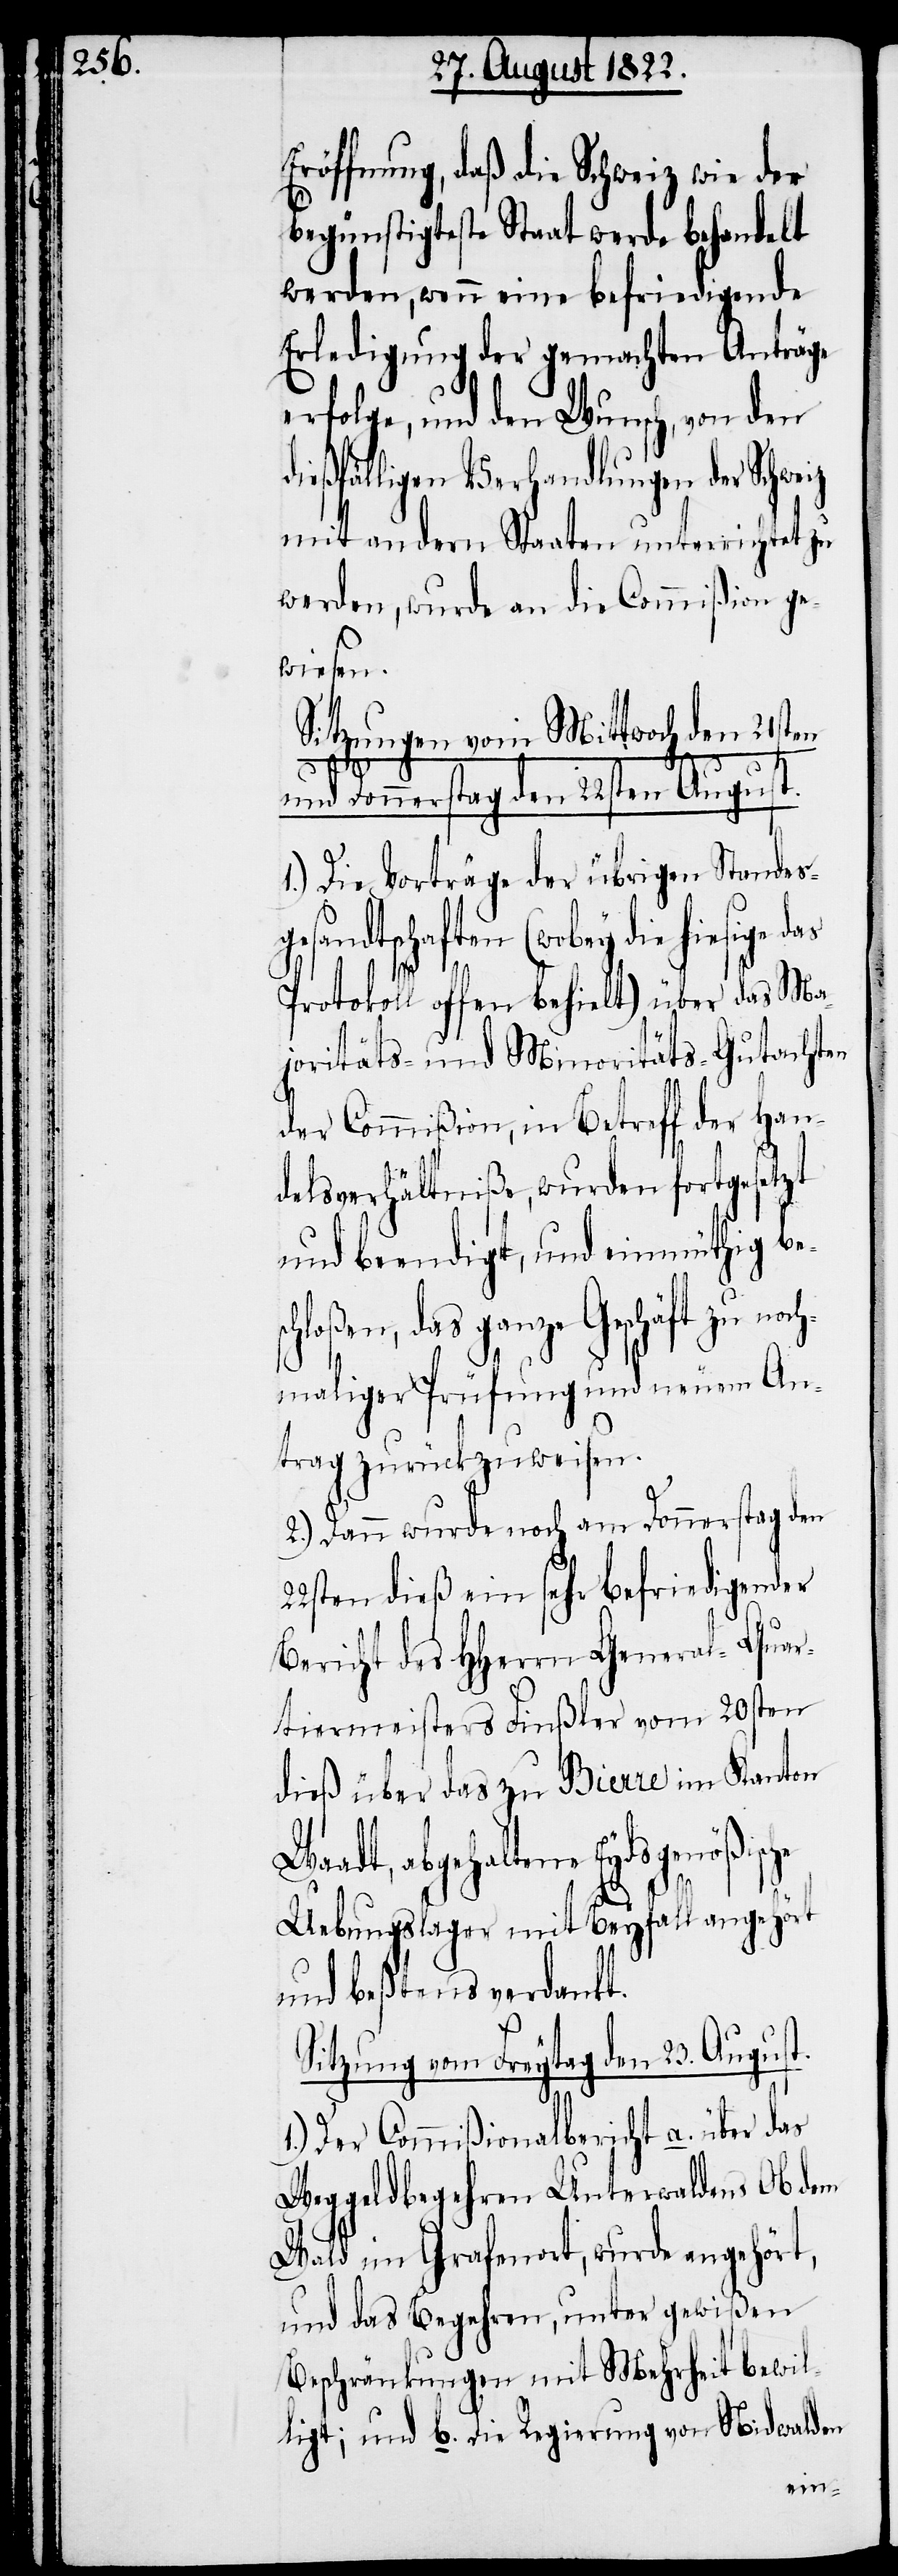
Eröffnung, daß die Schweiz wie der
begünstigteste Staat werde behandelt
werden, wenn eine befriedigende
Erledigung der gemachten Anträge
erfolge, und den Wunsch, von dem
dießfälligen Verhandlungen der Schwe¬
mit den andern Staaten unterrichtet zu
werden, wurde an die Commißion ge¬
wiesen.
Sitzungen vom Mittwoch den 21sten
22s¬
und Donnerstag den 22sten August.
1.) Die Vorträge der übrigen Standes¬
dtschaften (wobey die hiesige
Protokoll offen behielt) über das Ma¬
joritäts- und Minoritäts-Gutachten
der Commißion, in Betreff der Han¬
delsverhältniße, wurden fortgesetzt
und beendigt, und einmüthig be¬
hloßen, das ganze Geschäft zu noc¬
hmaliger Prüfung und neuem An¬
trag zurückzuweisen.
2.) Dann wurde noch am Donnerstag den
ten dieß ein sehr befriedigender
Bericht des HHerren General-Quar¬
tiermeisters Finßler vom 20sten
dieß über das zu Bierre im Kanton
Waadt, abgehaltene Eydsgenößische
Uebungslager mit Beyfall angehört
und beßtens verdankt.
Sitzung vom Freytag den 23. August.
1.) Der Commißionalbericht a. über das
Weggeldbegehren Unterwaldens Ob dem
Wald im Grafenort, wurde angehört,
und das Begehren, unter gewißen
Beschränkungen mit Mehrheit bewil¬
ligt; und b. die Regierung von Nidwalden